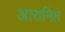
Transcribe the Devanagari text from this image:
आरामित